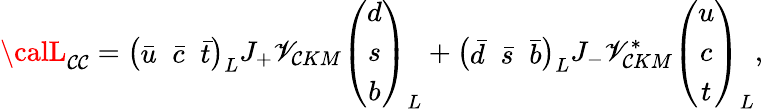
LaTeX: {\calL}_{\mathcal{C}\mathcal{C}}=\left(\begin{array}{ccc}{{{\bar{u}}\; \; {\bar{c}}\; \; {\bar{t}}}}\end{array}\right)_{L}J_{+}\mathscr{V}_{\mathcal{C}KM}\left(\begin{array}{c}{{d}}\\ {{s}}\\ {{b}}\end{array}\right)_{L}+\left(\begin{array}{ccc}{{{\bar{d}}\; \; {\bar{s}}\; \; {\bar{b}}}}\end{array}\right)_{L}J_{-}\mathscr{V}_{\mathcal{C}KM}^{*}\left(\begin{array}{c}{{u}}\\ {{c}}\\ {{t}}\end{array}\right)_{L},